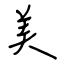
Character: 美